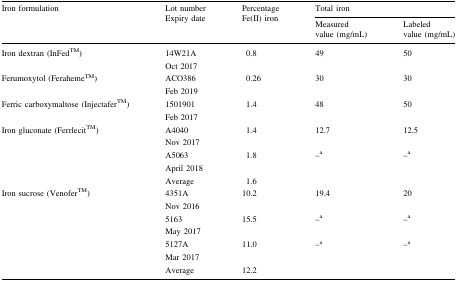
<table><thead><tr><td rowspan="2"><b>Iron formulation</b></td><td rowspan="2"><b>Lot numberExpiry date</b></td><td rowspan="2"><b>Percentage Fe(II) iron</b></td><td colspan="2"><b>Total iron</b></td></tr><tr><td><b>Measured value (mg/mL)</b></td><td><b>Labeled value (mg/mL)</b></td></tr></thead><tbody><tr><td>Iron dextran (InFedTM)</td><td>14W21AOct 2017</td><td>0.8</td><td>49</td><td>50</td></tr><tr><td>Ferumoxytol (FerahemeTM)</td><td>ACO386Feb 2019</td><td>0.26</td><td>30</td><td>30</td></tr><tr><td>Ferric carboxymaltose (InjectaferTM)</td><td>1501901Feb 2017</td><td>1.4</td><td>48</td><td>50</td></tr><tr><td rowspan="2">Iron gluconate (FerrlecitTM)</td><td>A4040Nov 2017</td><td>1.4</td><td>12.7</td><td>12.5</td></tr><tr><td>A5063April 2018</td><td>1.8</td><td>–<sup>a</sup></td><td>–<sup>a</sup></td></tr><tr><td></td><td>Average</td><td>1.6</td><td></td><td></td></tr><tr><td>Iron sucrose (VenoferTM)</td><td>4351ANov 2016</td><td>10.2</td><td>19.4</td><td>20</td></tr><tr><td></td><td>5163May 2017</td><td>15.5</td><td>–<sup>a</sup></td><td>–<sup>a</sup></td></tr><tr><td></td><td>5127AMar 2017</td><td>11.0</td><td>–<sup>a</sup></td><td>–<sup>a</sup></td></tr><tr><td></td><td>Average</td><td>12.2</td><td></td><td></td></tr></tbody></table>